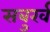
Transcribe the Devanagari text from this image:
सबुर्ख